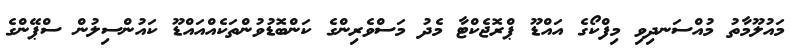
މައުލޫމާތު މުއްސަނދިވި މިފްކޯގެ އައްޑޫ ޕްރޮޖެކްޓާ މެދު މަސްވެރިންގެ ކަންބޮޑުވުންތަކެއްއައްޑޫ ކައުންސިލުން ސްޕޭންގެ